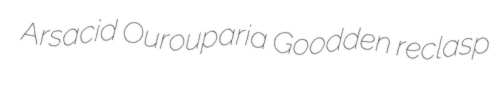
Arsacid Ourouparia Goodden reclasp